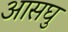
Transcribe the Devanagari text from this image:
आसघु